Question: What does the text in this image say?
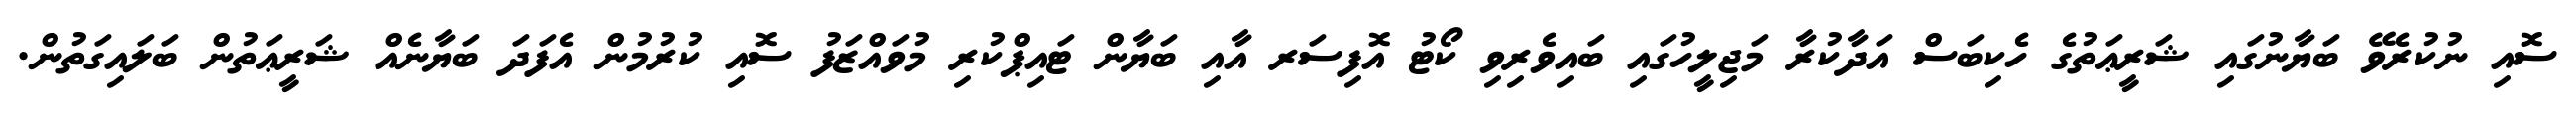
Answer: ސޮއި ނުކުރެވޭ ބަޔާނުގައި ޝަރީޢަތުގެ ހެކިބަސް އަދާކުރާ މަޖިލީހުގައި ބައިވެރިވި ކޯޓު އޮފިސަރ އާއި ބަޔާން ޓައިޕްކުރި މުވައްޒަފު ސޮއި ކުރުމުން އެފަދަ ބަޔާނެއް ޝަރީޢަތުން ބަލައިގަތުން.